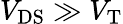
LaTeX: V_{\mathrm{DS}}\gg V_{\mathrm{T}}